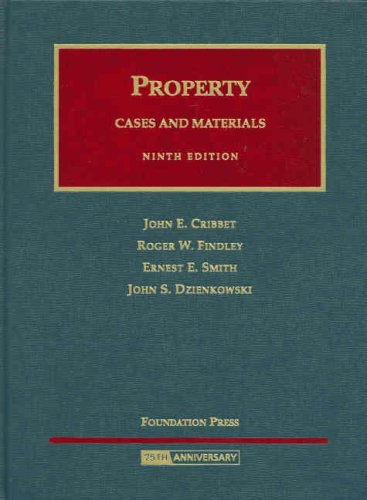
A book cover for Property Cases and Materials (University Casebook Series); John Cribbet; Law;